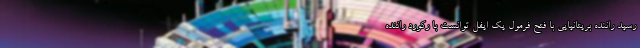
رسید راننده بریتانیایی با فتح فرمول یک ایفل توانست با رکورد راننده